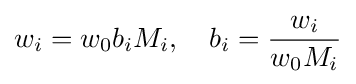
w_{i}=w_{0}b_{i}M_{i},\quad b_{i}={\frac {w_{i}}{w_{0}M_{i}}}